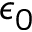
\epsilon _ { 0 }